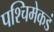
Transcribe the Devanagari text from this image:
पश्‍चिमेकडं